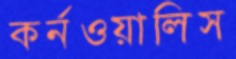
কর্নওয়ালিস